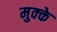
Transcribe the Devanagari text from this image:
मुक्‍के